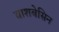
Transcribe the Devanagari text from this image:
वाशबेसिन